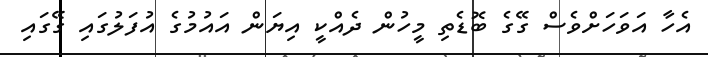
އެހާ އަވަހަށްވެސް ގޭގެ ބޮޑެތި މީހުން ދެއްކީ އިޔަން އައުމުގެ އުފަލުގައި ގޭގައި